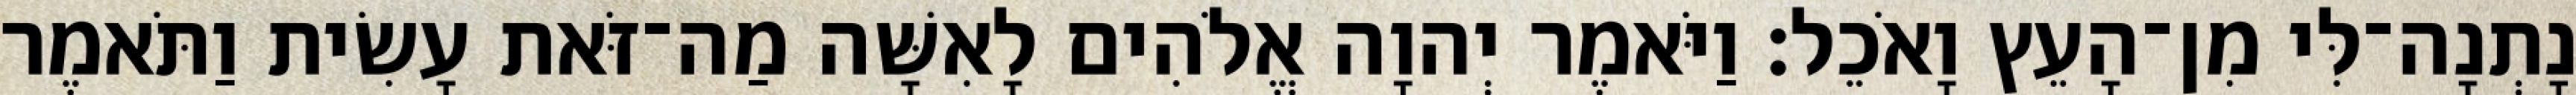
נָתְנָה־לִּי מִן־הָעֵץ וָאֹכֵל׃ וַיֹּאמֶר יְהוָה אֱלֹהִים לָאִשָּׁה מַה־זֹּאת עָשִׂית וַתֹּאמֶר